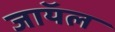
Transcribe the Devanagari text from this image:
जाॅयल